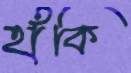
হাঁকি